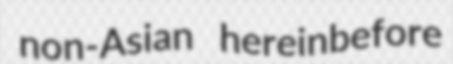
non-Asian hereinbefore